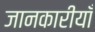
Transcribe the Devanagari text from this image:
जानकारीयाँ